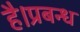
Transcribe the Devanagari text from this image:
है।प्रबन्ध